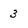
Character: 3